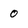
Character: 0